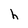
Character: h